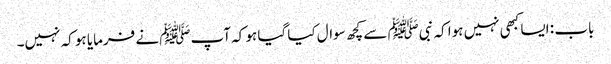
باب : ایسا کبھی نہیں ہوا کہ نبیﷺ سے کچھ سوال کیا گیا ہو کہ آپﷺ نے فرمایا ہو کہ نہیں۔